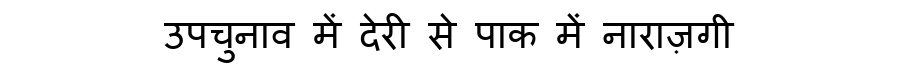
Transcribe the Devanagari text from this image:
उपचुनाव में देरी से पाक में नाराज़गी